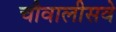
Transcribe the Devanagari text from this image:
चौवालीसवे